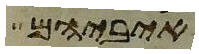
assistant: איביהם